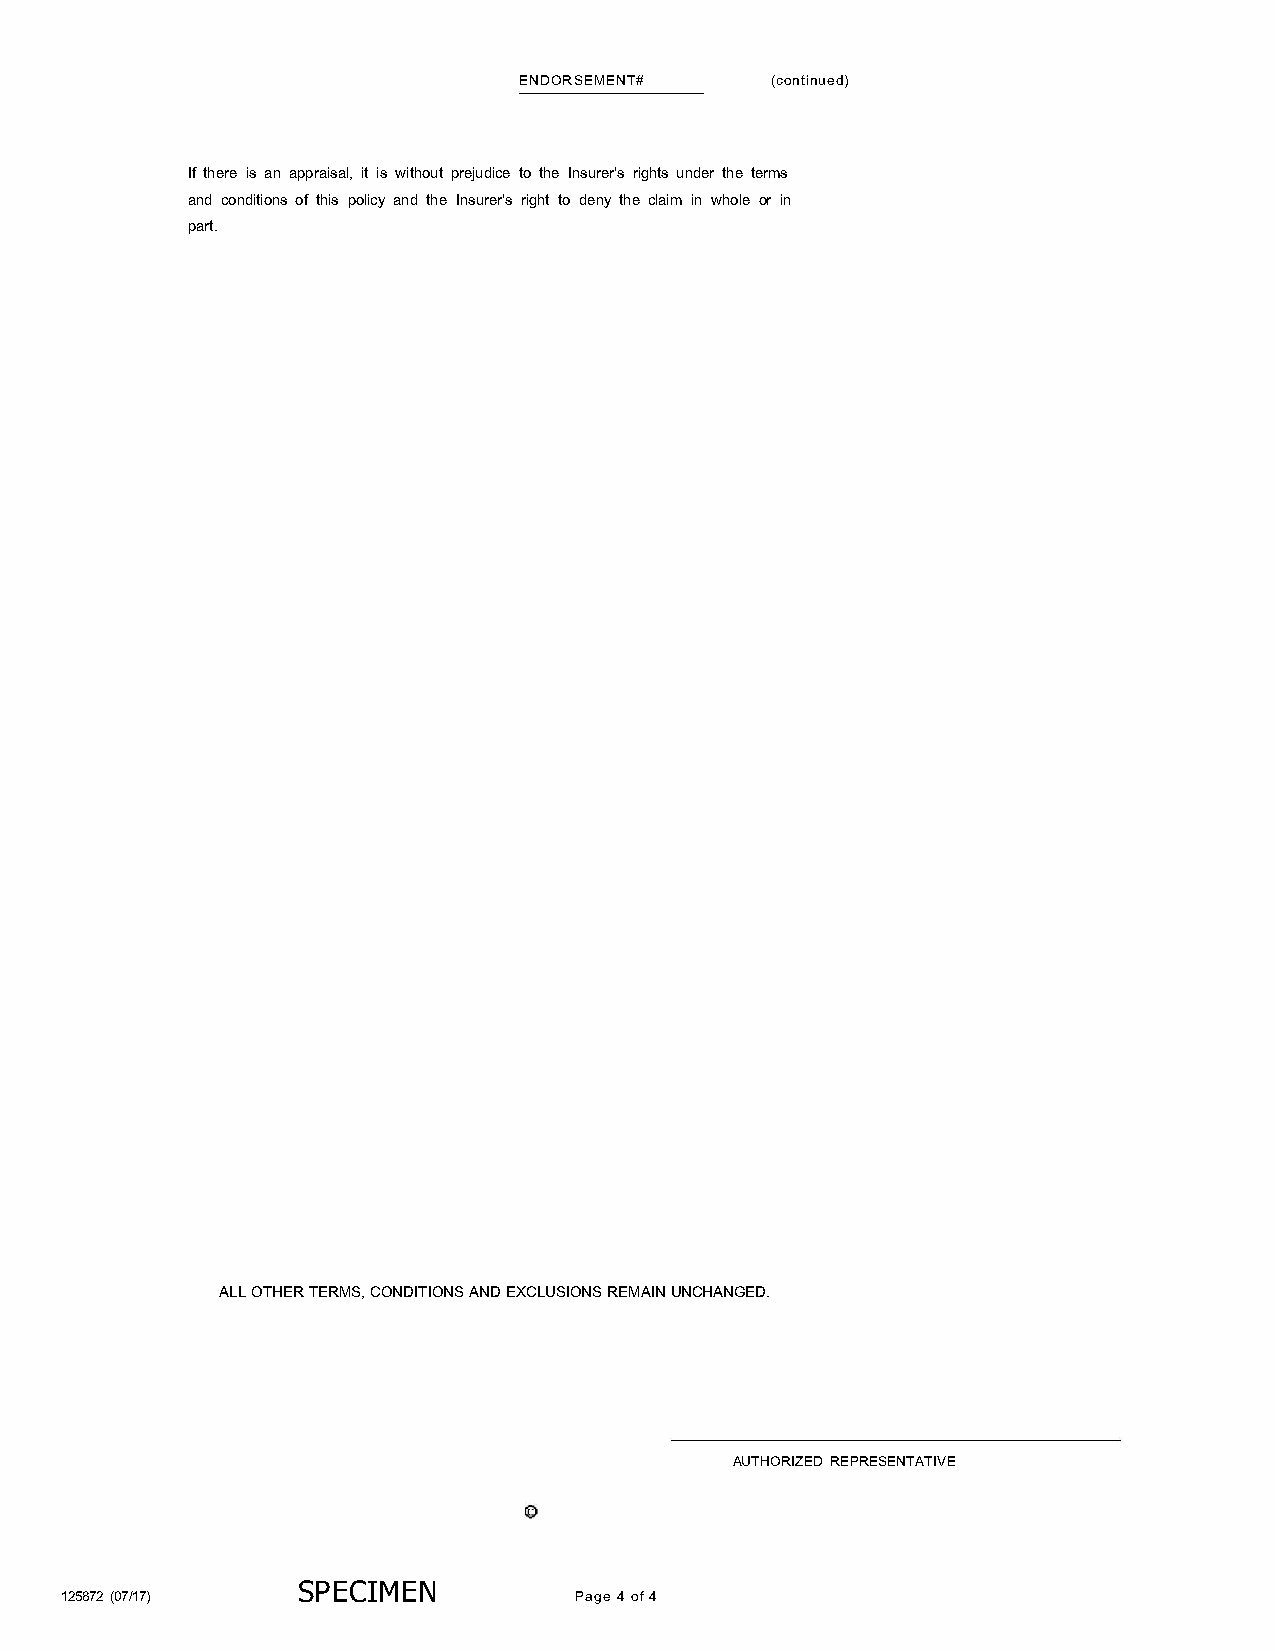
ENDORSEMENT#     (continued)
 If there is an appraisal, it is without prejudice to the Insurer's rights under the terms
 and conditions of this policy and the Insurer's right to deny the claim in whole or in
 part.
 ALL OTHER TERMS, CONDITIONS AND EXCLUSIONS REMAIN UNCHANGED.
 AUTHORIZED REPRESENTATIVE
 SP ECIMEN
 125872 (07/ 17)                   Page 4 of 4